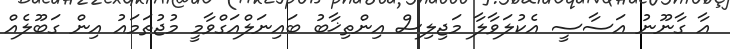
އާ ގާނޫނު އަސާސީ އެކުލަވާލާ މަޖިލިސް އިންތިޚާބު ބައިނަލްއަގްވާމީ މުޖުތަމައު އިން ގަބޫލެއް